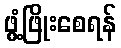
ဖွံ့ဖြိုးစေရန်